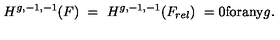
H ^ { g , - 1 , - 1 } ( F ) \ = \ H ^ { g , - 1 , - 1 } ( F _ { r e l } ) \ = 0 \mathrm { f o r a n y } g .